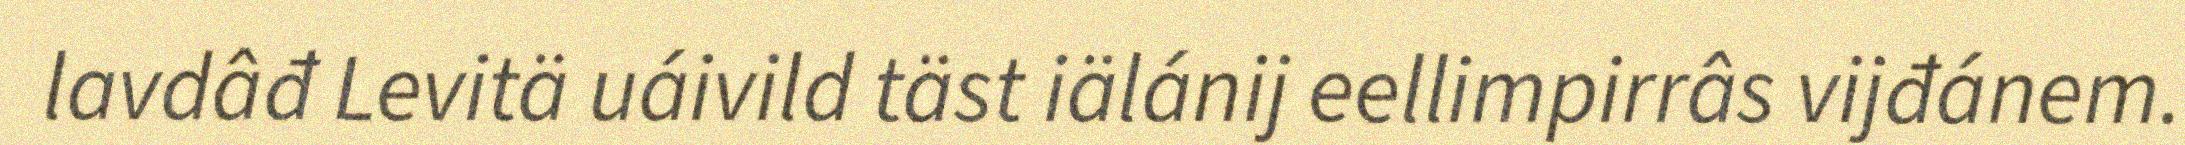
lavdâđ Levitä uáivild täst iälánij eellimpirrâs vijđánem.